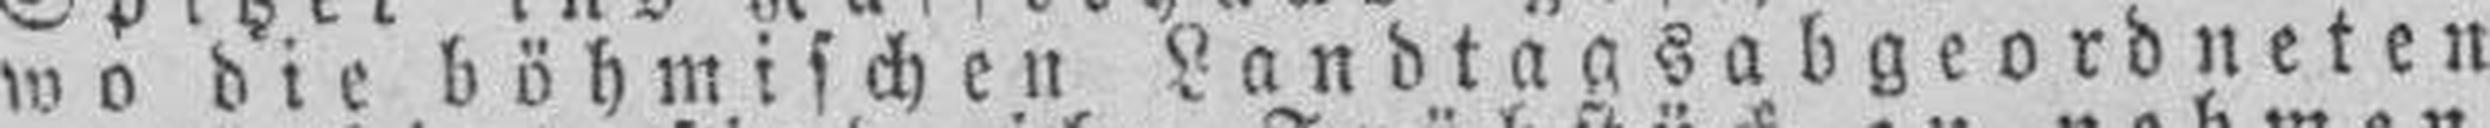
wo die böhmischen Landtagsabgeordneten